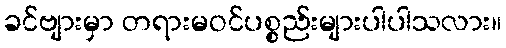
ခင်ဗျားမှာ တရားမဝင်ပစ္စည်းများပါပါသလား။